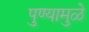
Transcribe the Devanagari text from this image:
पुण्यामुळे